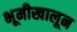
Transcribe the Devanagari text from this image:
भूमीखालून